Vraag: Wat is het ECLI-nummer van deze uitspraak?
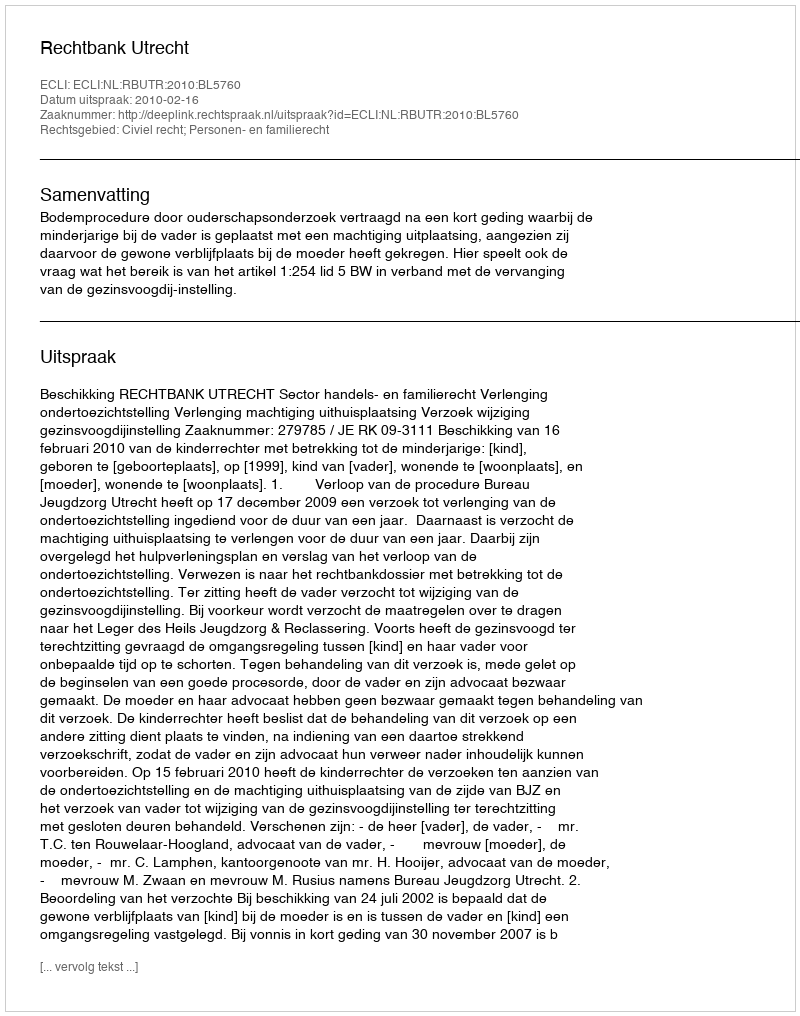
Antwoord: ECLI:NL:RBUTR:2010:BL5760